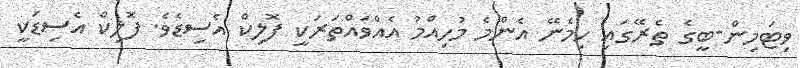
ވިޓަމިން-ބީގެ ތެރޭގައި ހިމެނޭ އެންމެ މުހިއްމު އެއްވައްތަރަކީ ފޮލިކް އެސިޑެވެ. ފޮލިކް އެސިޑަކީ